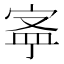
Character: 𡨬